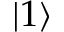
| 1 \rangle